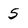
Character: 5